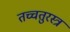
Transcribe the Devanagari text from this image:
तच्चतुरस्त्रं